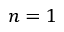
n = 1